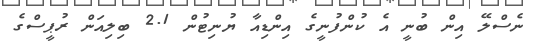
ނެސްލޭ އިން ބުނީ އެ ކުންފުނީގެ އިންޑިއާ ޔުނިޓުން 2.1 ބިލިއަން ރުޕީސްގެ